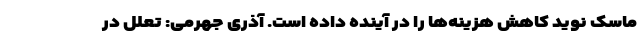
ماسک نوید کاهش هزینه‌ها را در آینده داده است. آذری جهرمی: تعلل در